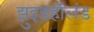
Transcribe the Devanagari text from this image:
झुइडहॉलंड